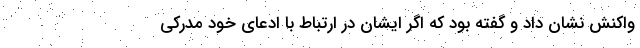
واکنش نشان داد و گفته بود که اگر ایشان در ارتباط با ادعای خود مدرکی